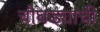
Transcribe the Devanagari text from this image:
चौघड्याची